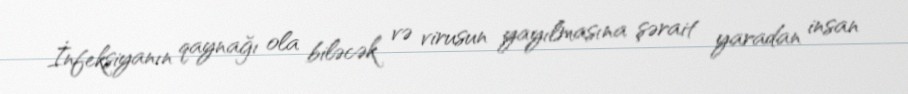
İnfeksiyanın qaynağı ola biləcək və virusun yayılmasına şərait yaradan insan